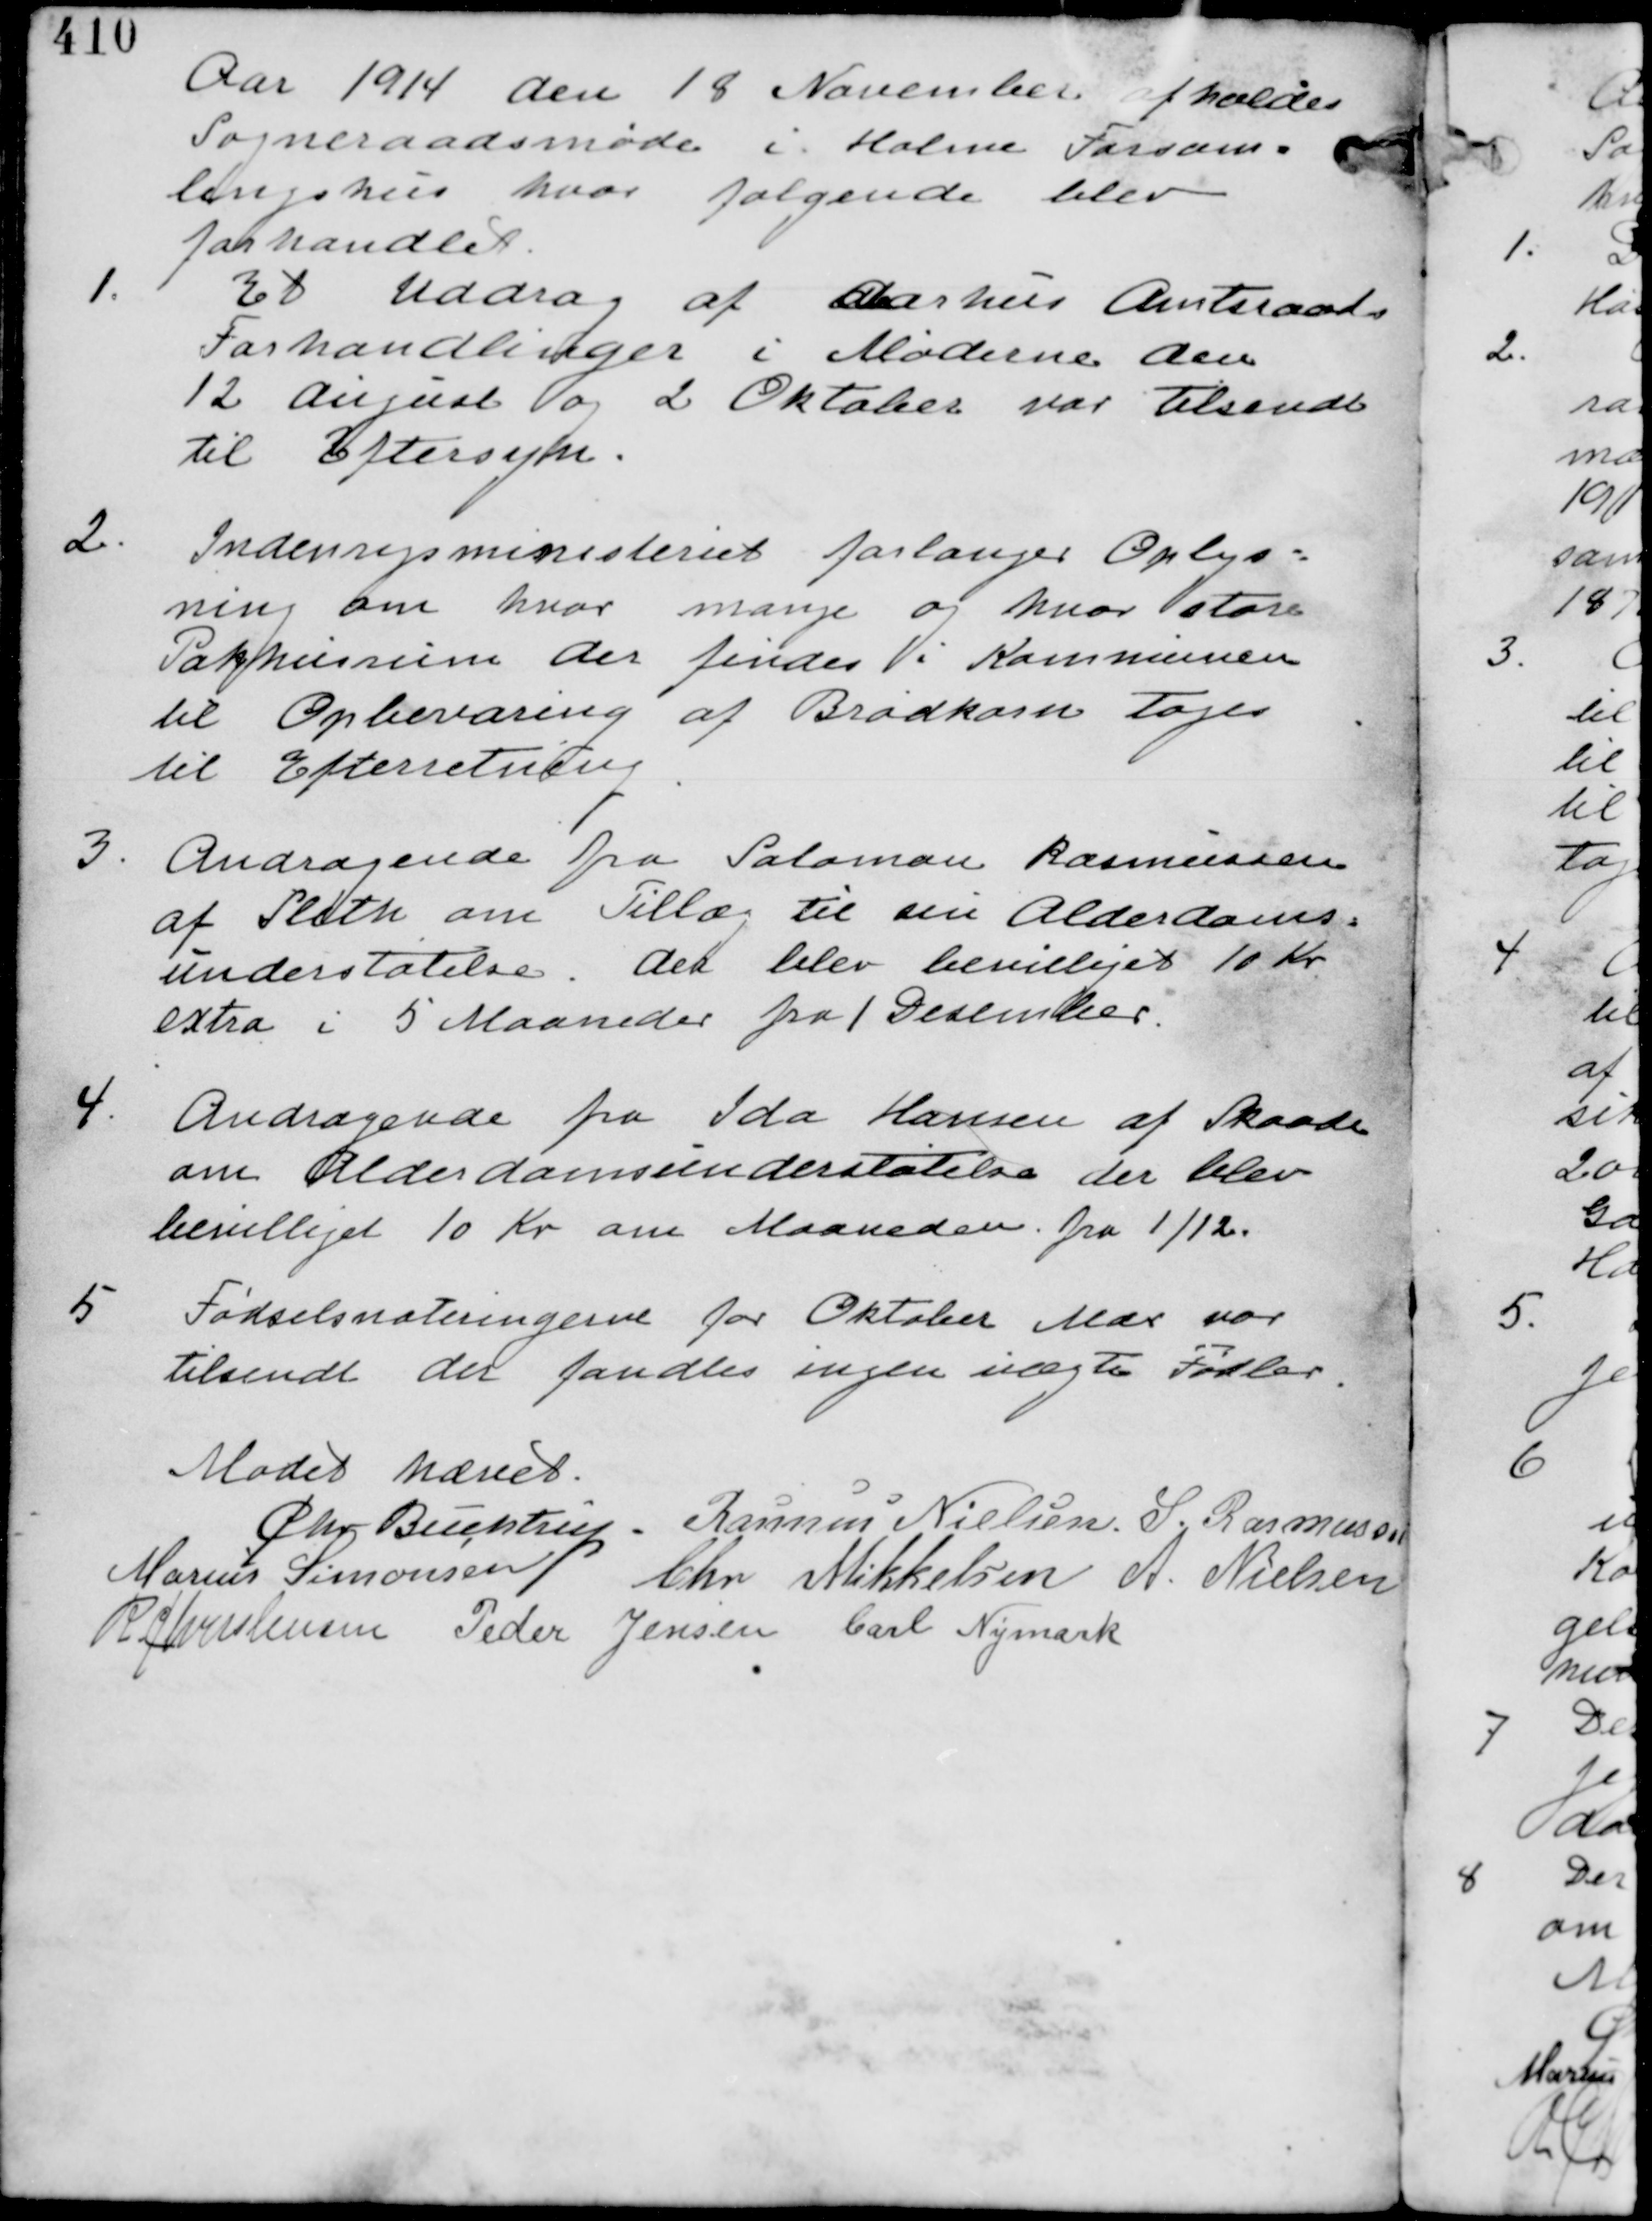
Transskription:
Aar 1914 den 18 November afholdes
Sogneraadsmøde i Holme Forsam-
lingshus hvor følgende blev
forhandlet.

1.
Et Uddrag af Aarhus Amtsraads
Forhandlinger i Møderne den
12 August og 2 Oktober var tilsendt
til Eftersyn.

2.
Indenrigsministeriet forlanger Oplys-
ning om hvor mange og hvor store
Pakhusrum der findes i Kommunen
til Opbevaring af Brødkorn tages
til Efterretning.

3.
Andragende fra Salomon Rasmussen
af Sleth om Tillæg til sin Alderdoms-
understøttelse. det blev bevilliget 10 Kr
extra i 5 Maaneder fra 1 December.

4.
Andragende fra Ida Hansen af Skaade
om Alderdomsunderstøttelse der blev
bevilliget 10 Kr om Maaneden fra 1/12.

5.
Fødselsnoteringerne fra Oktober Mdr var
tilsendt der fandtes ingen uægte Fødsler.

Mødet hævet
Chr Buchtrup. Rasmus Nielsen S. Rasmussen
Marius Simonsen Chr Mikkelsen A. Nielsen
R Christensen Peder Jensen Carl Nymark